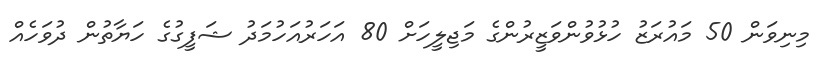
މިނިވަން 50 މައުރަޒު ހުޅުވުންވަޒީރުންގެ މަޖިލީހަށް 80 އަހަރުއަހުމަދު ޝަފީގުގެ ހަޔާތުން ދުވަހެއް